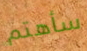
سأهتم